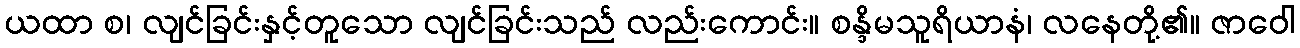
ယထာ စ၊ လျင်ခြင်းနှင့်တူသော လျင်ခြင်းသည် လည်းကောင်း။ စန္ဒိမသူရိယာနံ၊ လနေတို့၏။ ဇာဝေါ